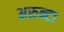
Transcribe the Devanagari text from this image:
अरुन्टा